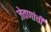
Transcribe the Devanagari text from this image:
जेवणांची